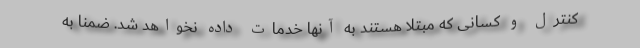
کنترل و کسانی که مبتلا هستند به آنها خدمات داده نخواهد شد. ضمناً به